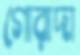
গোরাদা